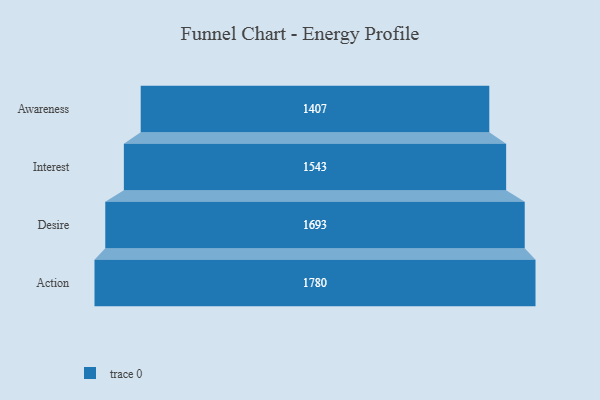
{"axis": {"x": "Stage", "y": "Value"}, "legend": [""], "data": [{"x": "Awareness", "y": 1407.0, "type": ""}, {"x": "Interest", "y": 1543.0, "type": ""}, {"x": "Desire", "y": 1693.0, "type": ""}, {"x": "Action", "y": 1780.0, "type": ""}]}